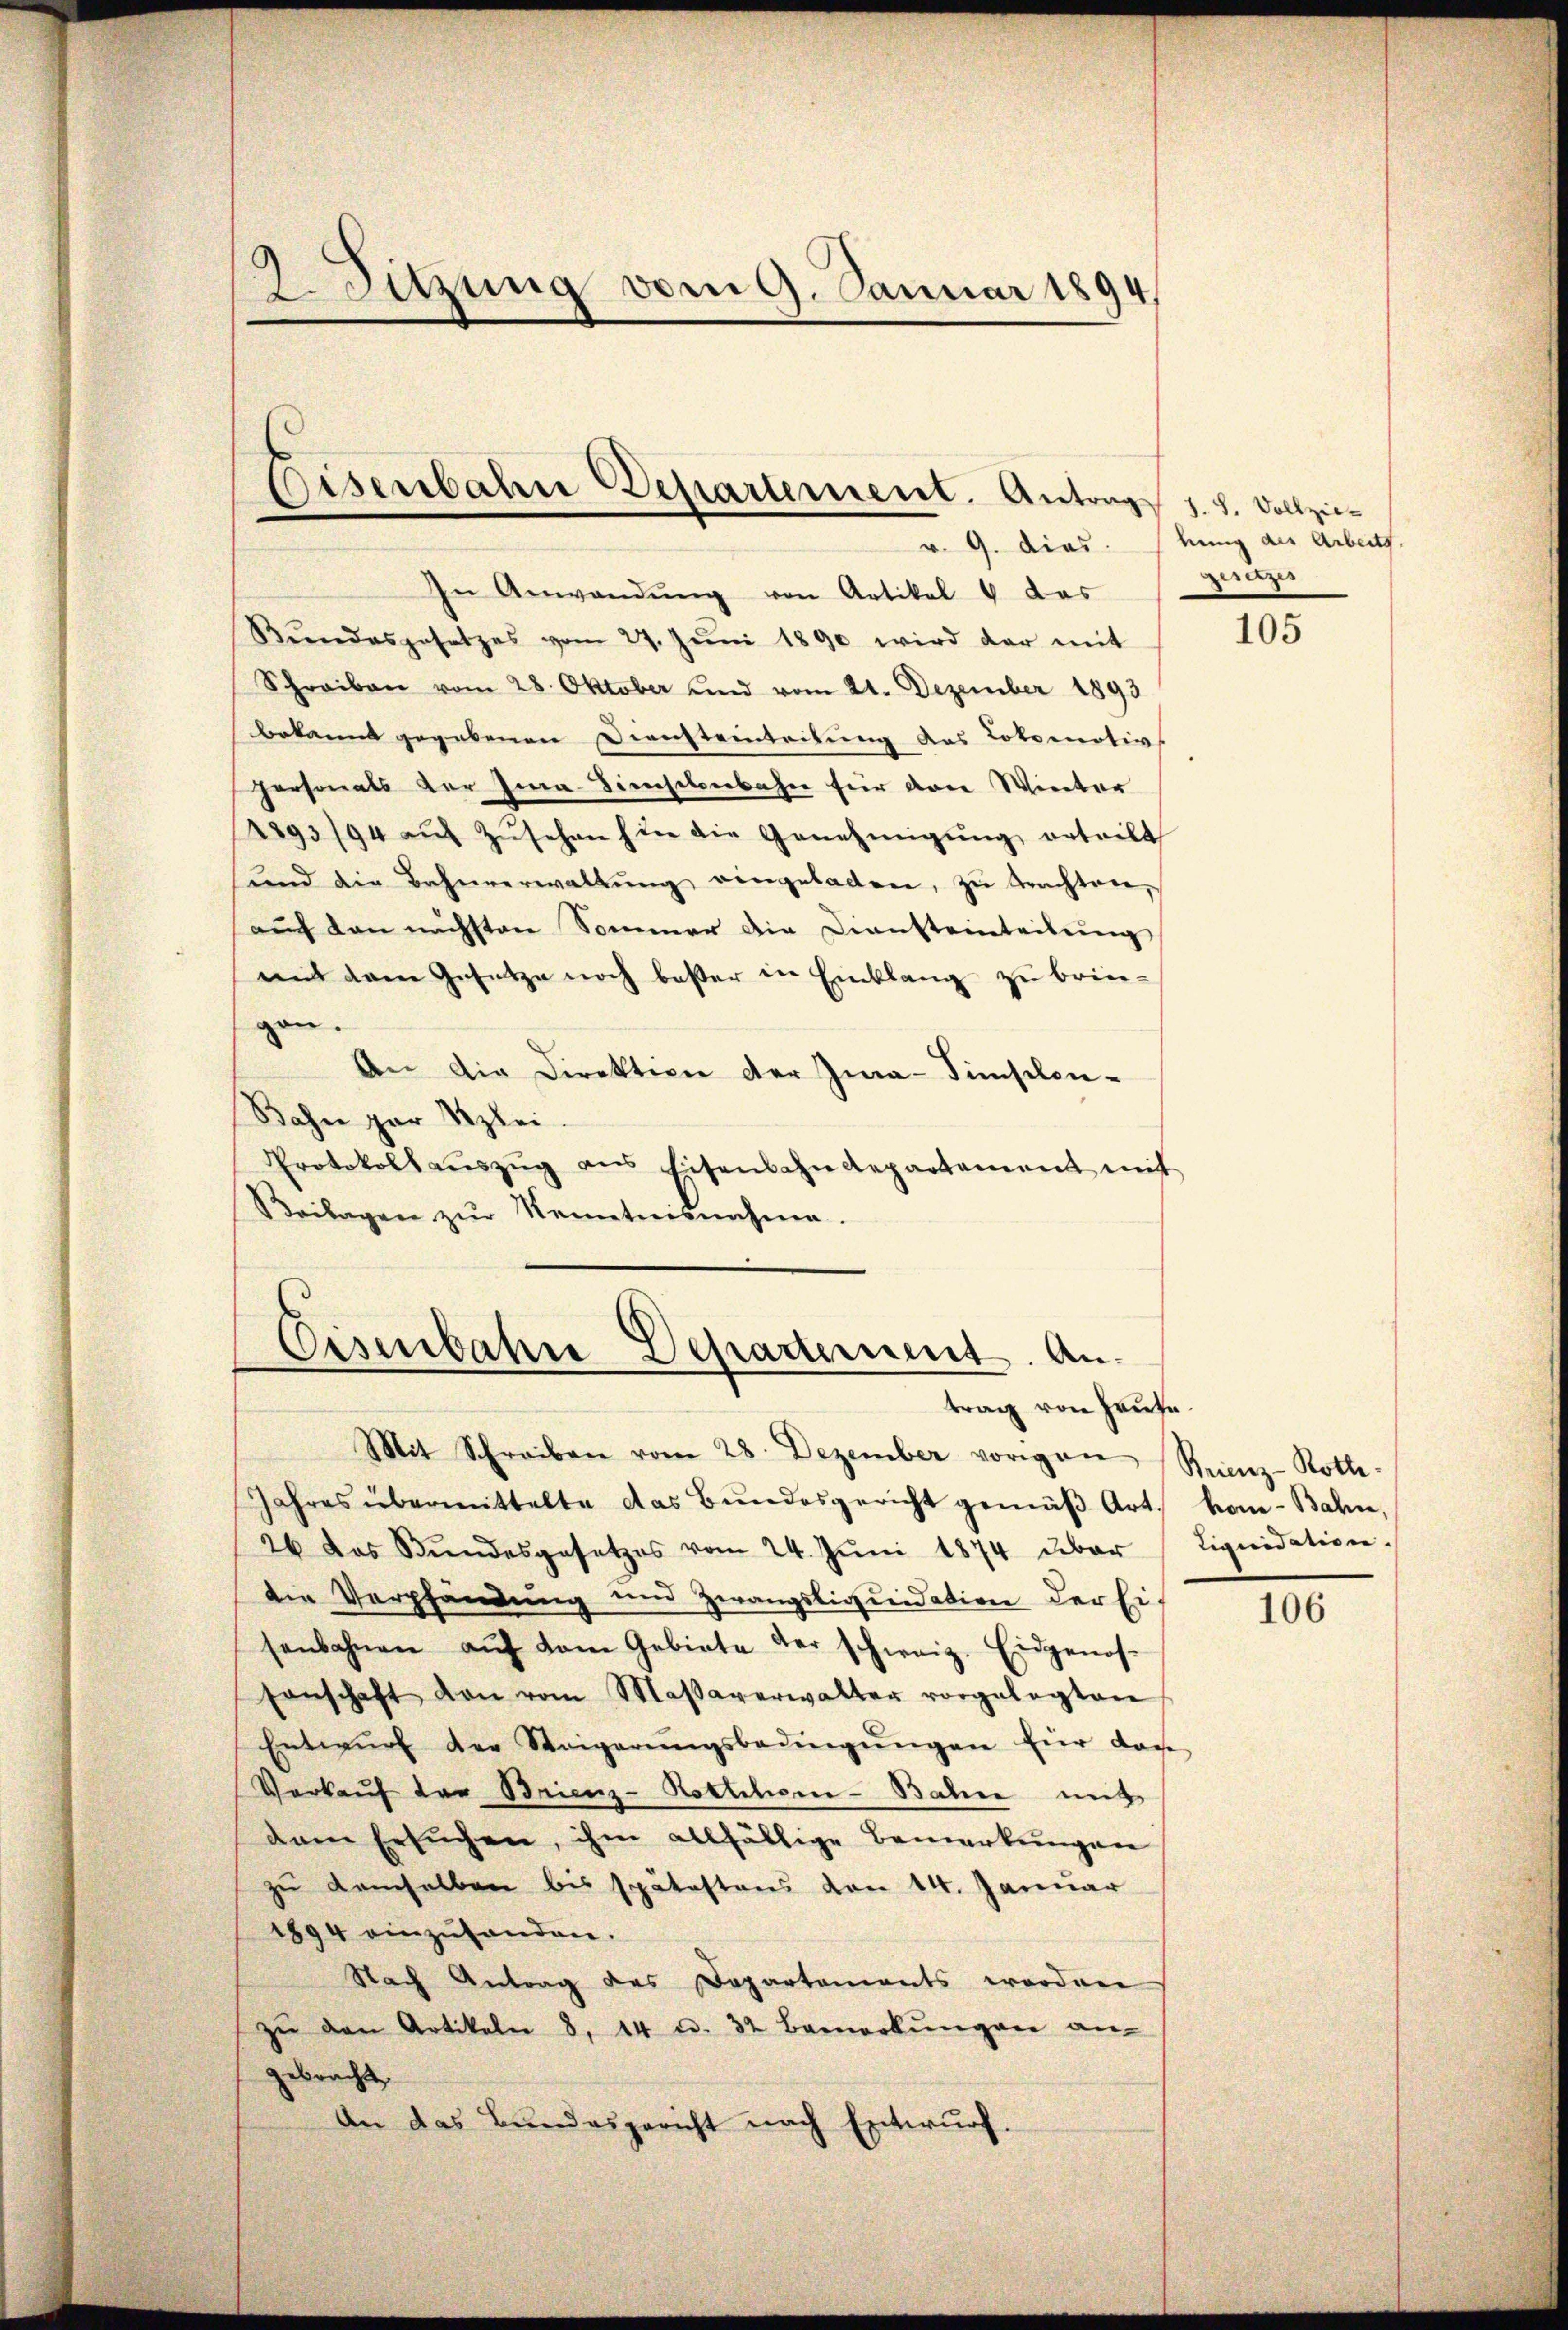
In Anwendŭng von Artikel & das
Kŭndesgesetzes vom 27. Jŭni 1890 wird dar mit
Schreiben vom 28. Oktober und vom 21. Dezember 1893
bekannt gegebenen Diensteinleitung des Lokomotivs
personals der Ima-Dienselenbahn für den Winter
1893/94 aŭf Zŭsehen hin die Genehmigŭng erteilt
ŭnd die Bahnverwaltŭng eingeladen, zŭ trachten,
auf den nächsten Sommer die Diensteinteilung
mit dem Gesetze noch bester in Einklang zu bringen.
An die Direktion der Zwa-Simsilon-
Bahn par Szlei.
Protokoll aŭszŭg ans Eisenbahndepartement mit
Beilagen zŭr Kenntnisnahme.

Zeitzung vom 9. Januar 1894,

Eisenbahne Departement. Antrag 1. 8. Vollzie¬

Eisenbahre Departement. Antrag von Hause.

Mit Schreiben vom 28. Dezember vorgan Reiz-Rotte-
Jahres übermittelte das Bundesgericht gemäß Art.
26 das Bŭndesgesetzes vom 24. Jŭni 1874 über
die Verpfändung und Zwangsliquidation der Ei-
senbahnen aŭf dem Gebiete der schweiz. Eidgenos-
sanschaft von vom Maβsaverwalter vorgelegten
Entwŭrf der Steigerŭngsbedingŭngen für dan
Verkaŭf der Brienz-Kotschen-Bahn mit
dem Ersuchen, ihm allfällige Bemerkungen
zu demselben bis spätestens von 14. Januar
1894 einzŭhanden.
Nach Antrag des Departements werden
zŭ den Artikeln 8, 14 u. 32 Bemerkŭngen an
gebracht
An das Bundesgericht nach Entwurf.

v. 9. dies kung der Arbeits.
guetzes

105

hon-Bahn,
Liquidation.

106